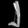
Digit: ၂